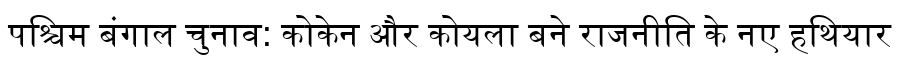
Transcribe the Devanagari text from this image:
पश्चिम बंगाल चुनाव: कोकेन और कोयला बने राजनीति के नए हथियार